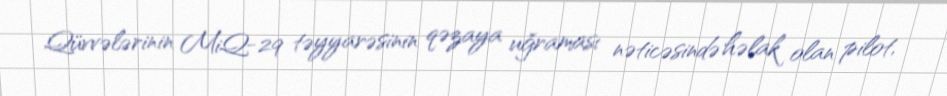
Qüvvələrinin MiQ-29 təyyarəsinin qəzaya uğraması nəticəsində həlak olan pilot,